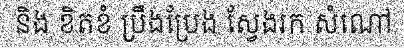
និង ខិតខំ ប្រឹងប្រែង ស្វែងរក សំណៅ